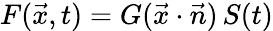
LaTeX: F({\vec{x}},t)=G({\vec{x}}\cdot{\vec{n}})\, S(t)